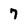
Character: 7